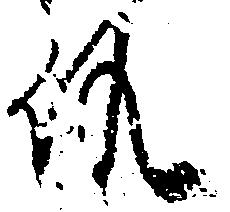
候